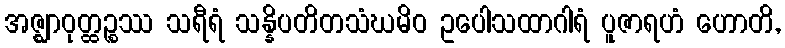
အဇ္ဈာဝုတ္ထဉ္စဿ သရီရံ သန္နိပတိတသံဃမိဝ ဥပေါသထာဂါရံ ပူဇာရဟံ ဟောတိ,